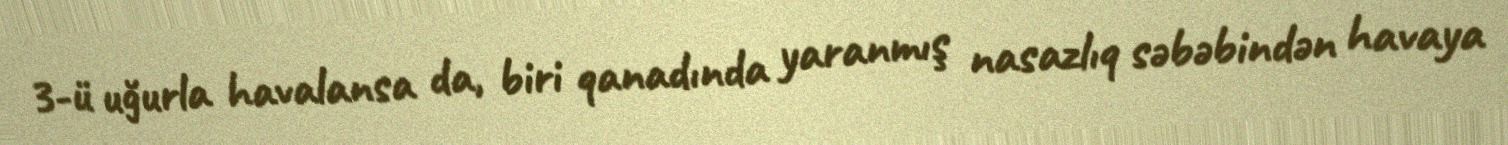
3-ü uğurla havalansa da, biri qanadında yaranmış nasazlıq səbəbindən havaya